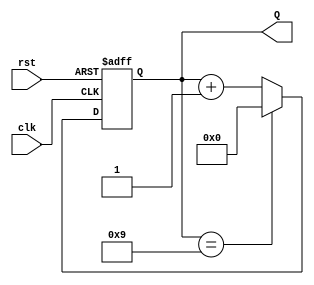
module decade_counter (
    input wire clk,     // Clock signal
    input wire rst,     // Asynchronous reset signal
    output reg [3:0] Q  // 4-bit output count
);

// Sequential logic to implement the decade counter
always @(posedge clk or posedge rst) begin
    if (rst) begin
        Q <= 4'b0000;  // Reset the counter to 0
    end else begin
        if (Q == 4'b1001) begin
            Q <= 4'b0000; // Reset to 0 after reaching 9
        end else begin
            Q <= Q + 1;   // Increment count
        end
    end
end

endmodule